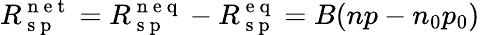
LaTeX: R_{\mathrm{~s~p~}}^{\mathrm{~n~e~t~}}=R_{\mathrm{~s~p~}}^{\mathrm{~n~e~q~}}-R_{\mathrm{~s~p~}}^{\mathrm{~e~q~}}=B(np-n_{0}p_{0})